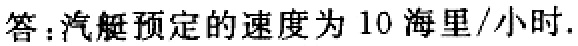
答：汽艇预定的速度为 10 海里/小时.